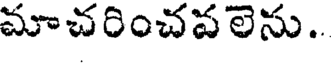
మాచరించపలెను..